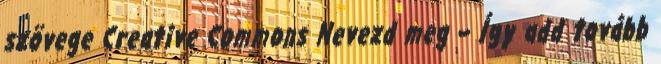
szövege Creative Commons Nevezd meg – Így add tovább